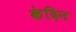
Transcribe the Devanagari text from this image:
केदिन